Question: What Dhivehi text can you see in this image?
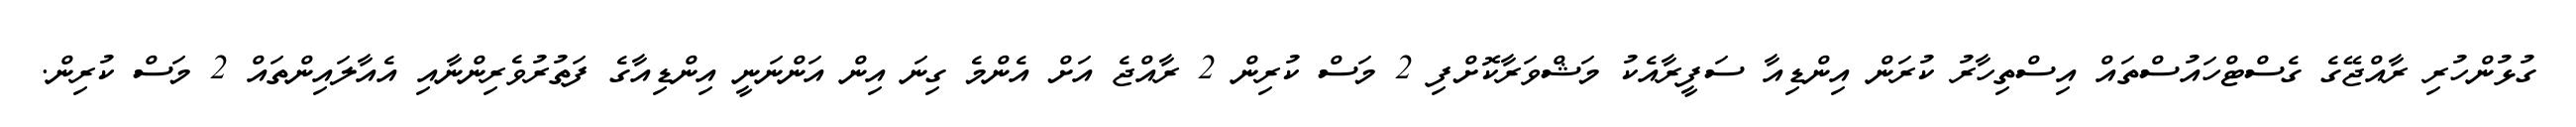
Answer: ގުޅުންހުރި ރާއްޖޭގެ ގެސްޓްހައުސްތައް އިސްތިހާރު ކުރަން އިންޑިއާ ސަފީރާއެކު މަޝްވަރާކޮށްފި 2 މަސް ކުރިން 2 ރާއްޖެ އަށް އެންމެ ގިނަ އިން އަންނަނީ އިންޑިއާގެ ފަތުރުވެރިންނާއި އެއާލައިންތައް 2 މަސް ކުރިން.